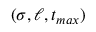
( \sigma , \ell , t _ { m a x } )